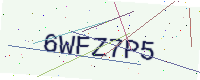
Text: 6WFZ7P5